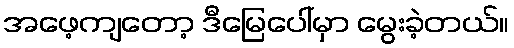
အဖေ့ကျတော့ ဒီမြေပေါ်မှာ မွေးခဲ့တယ်။